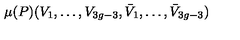
\mu ( P ) ( V _ { 1 } , \ldots , V _ { 3 g - 3 } , \bar { V } _ { 1 } , \ldots , \bar { V } _ { 3 g - 3 } )